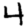
Digit: 4